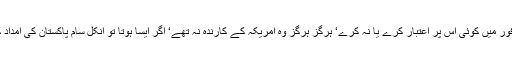
جذبات کے وفور میں کوئی اس پر اعتبار کرے یا نہ کرے‘ ہرگز ہرگز وہ امریکہ کے کارندہ نہ تھے‘ اگر ایسا ہوتا تو انکل سام پاکستان کی امداد کیوں بند کرتا۔